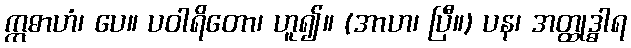
ဣဓာဟံ၊ ပေ။ ပဝါရိတော၊ ဟူ၍။ (အာဟ၊ ပြီ။) ပန၊ အတ္ထုဒ္ဓါရ